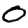
Digit: 0